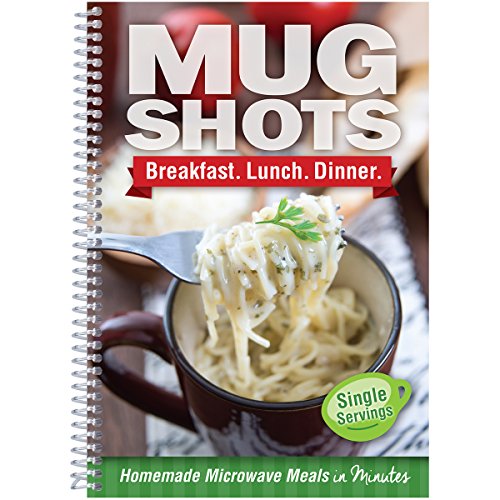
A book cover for Mug Shots: Breakfast. Lunch. Dinner.; CQ Products; Cookbooks, Food & Wine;